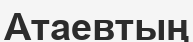
Атаевтың